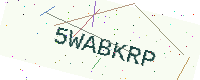
Text: 5WABKRP